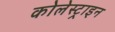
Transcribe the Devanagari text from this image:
कोलेस्ट्राइन